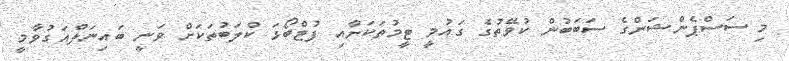
މި ސަސްޕެންޝަންގެ ސަބަަބުން ކުވޭތުގެ ގައުމީ ޓީމުތަކަށާއި ފުޓްބޯޅަ ކްލަބުތަކަށް ވަނީ ބައިނަލްއަގުވާމީ